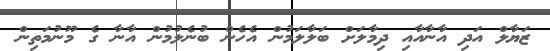
ޒަޔާލް އަދި އާނާއާއި ދިމާލަށް ބަލާލަމުން އެހެން ބުނެލުމުން އާނާ ގެ މޫނުމަތިން